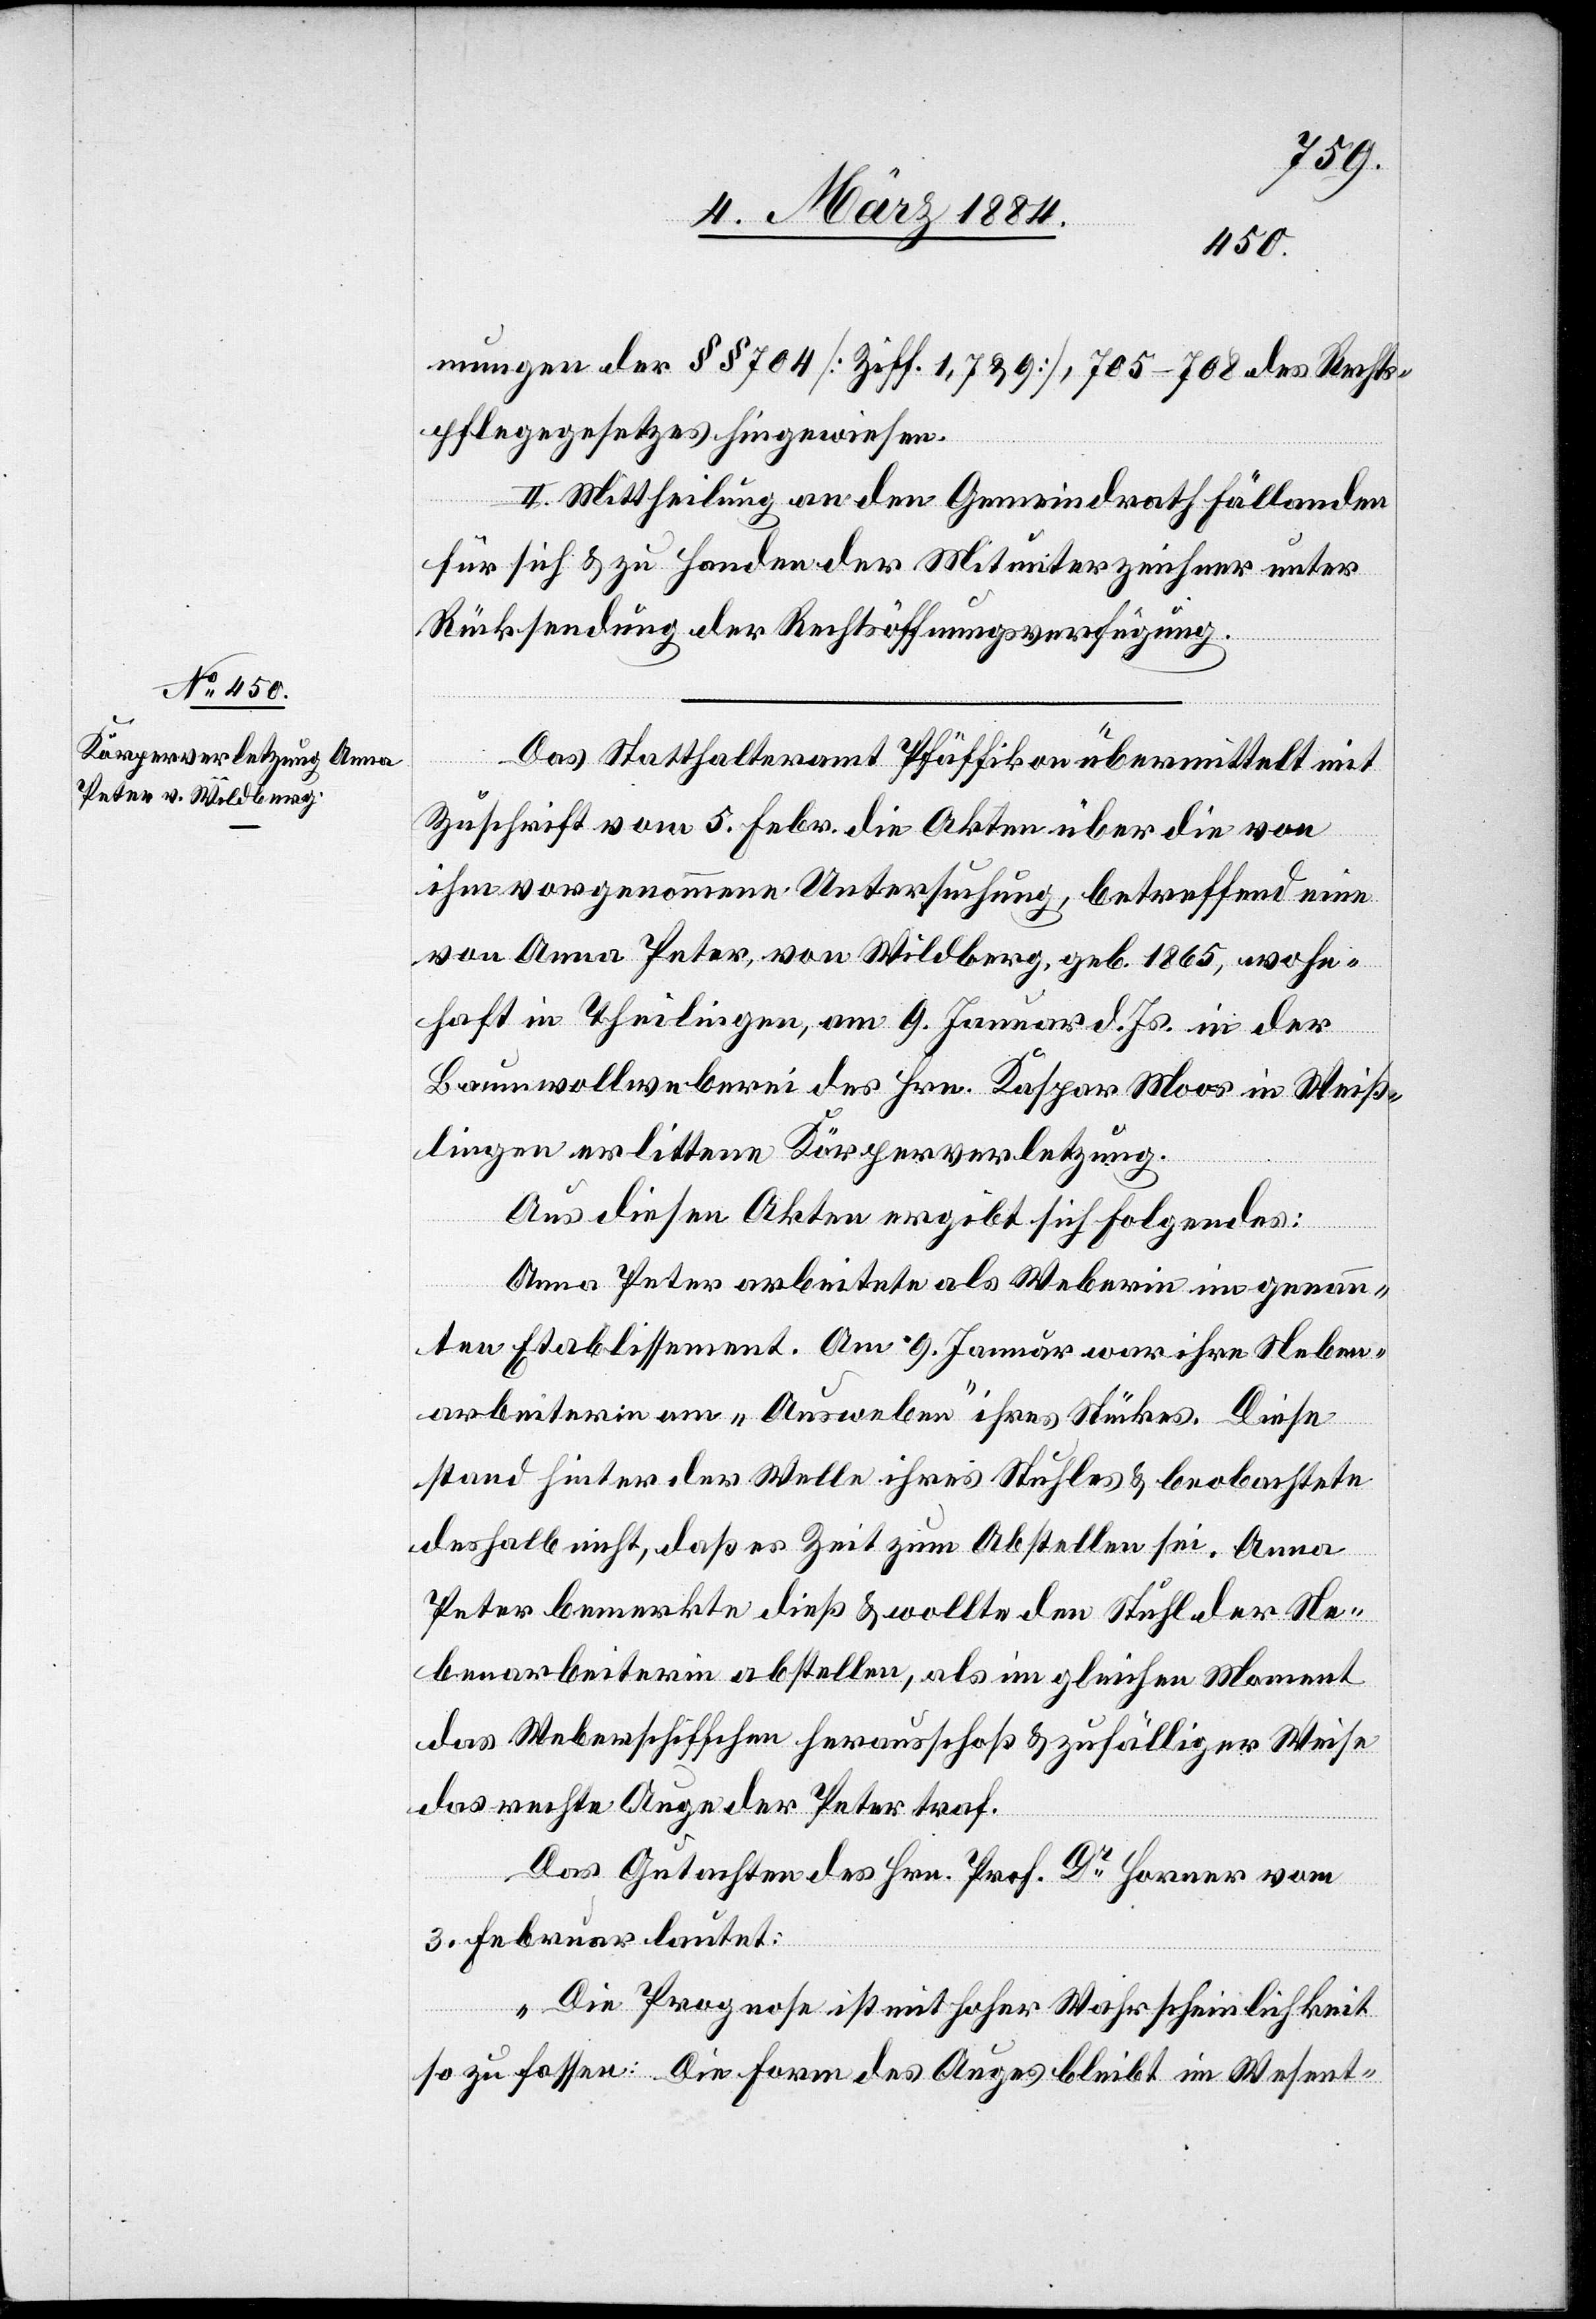
mungen der §§ 704 [Ziff. 1, 7 & 9], 705–708 des Rechts¬
pflegegesetzes hingewiesen.
II. Mittheilung an den Gemeindrath Fällanden
für sich & zu Handen der Mitunterzeichner unter
Rücksendung der Rechtsöffnungsverfügung.
Das Statthalteramt Pfäffikon übermittelt mit
Zuschrift vom 5. Febr. die Akten über die von
ihm vorgenommene Untersuchung, betreffen eine
von Anna Peter, von Wildberg, geb. 1865, wohn¬
haft in Theilingen, am 9. Januar d. Js. in die
Baumwollweberei des Hrn. Kaspar Miss in Weiß¬
lingen erlittene Körperverletzung.
Aus diesen Akten ergibt sich Folgendes:
Anna Peter arbeitet als Weberin in genann¬
tem Etablissement. Am 9. Januar war ihre Neben¬
arbeiterin am „Ausweben“ ihres Stückes. Diese
stand hinter der Welle ihres Stuhles & beobachtete
deshalb nicht, daß es Zeit zum Abstellen sei. Anna
Peter bemerkte dieß & wollte den Stuhl der Ne¬
benarbeiterin abstellen, als im gleichen Moment
das Weberschiffchen herausschoß & zufälliger Weise
das rechte Auge der Peter traf.
Das Gutachten des Hrn. Prof. Dr Horner vom
3. Februar lautet:
„Die Prognose ist mit hoher Wahrscheinlichkeit
so zu fassen: Die Form des Auges bleibt im Wesent-